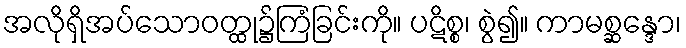
အလိုရှိအပ်သောဝတ္ထု၌ကြံခြင်းကို။ ပဋိစ္စ၊ စွဲ၍။ ကာမစ္ဆန္ဒော၊